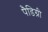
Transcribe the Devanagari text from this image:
पैडिग्री